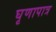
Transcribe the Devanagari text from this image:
घृणापात्र